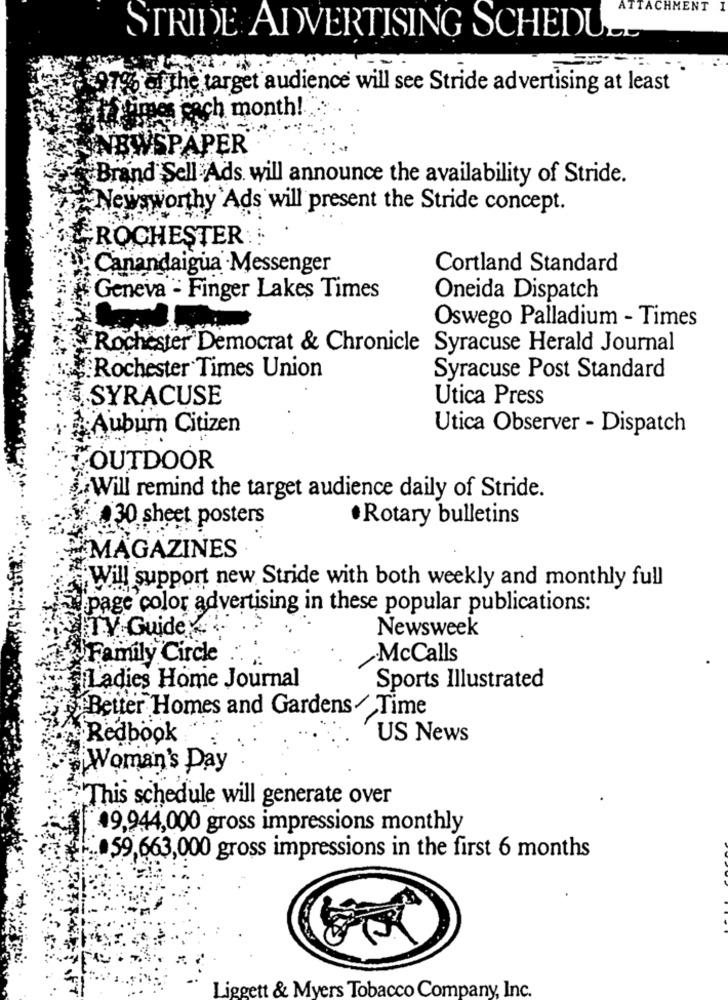
ATTACHMENT
STRIDE ADVERTISING SCHEDU
24,97% of the target audience will see Stride advertising at least
times ench month!
NEWSPAPER
Brand Sell Ads will announce the availability of Stride.
Newsworthy Ads will present the Stride concept.
ROCHESTER ::
Canandaigua Messenger
Cortland Standard
Geneva = Finger Lakes Times
Oneida Dispatch
Oswego Palladium - Times
Rochester Democrat & Chronicle Syracuse Herald Journal
Rochester Times Union
Syracuse Post Standard
SYRACUSE
Utica Press
Auburn Citizen
Utica Observer - Dispatch
OUTDOOR
Will remind the target audience daily of Stride.
· Rotary bulletins
.30 sheet posters
MAGAZINES
Will support new Stride with both weekly and monthly full
page color advertising in these popular publications:
TV Guidey.
Newsweek
Family Circle
McCalls
Ladies Home Journal
Sports Illustrated
Better Homes and Gardens/ Time
Redbook
US News
Woman's Day
This schedule will generate over
49,944,000 gross impressions monthly
.59,663,000 gross impressions in the first 6 months
Liggett & Myers Tobacco Company, Inc.